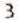
3